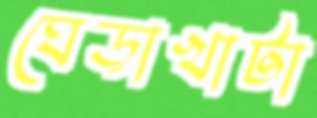
ঘেড়াখাটা